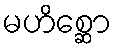
မဟိစ္ဆော